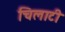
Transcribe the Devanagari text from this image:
चिलाटी